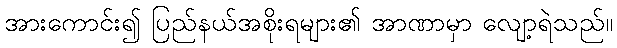
အားကောင်း၍ ပြည်နယ်အစိုးရများ၏ အာဏာမှာ လျော့ရဲသည်။